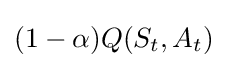
(1-\alpha )Q(S_{t},A_{t})